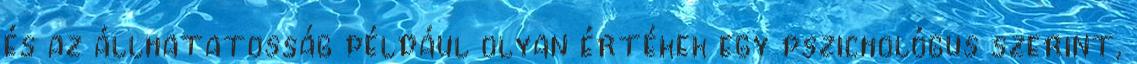
és az állhatatosság például olyan értékek egy pszichológus szerint,